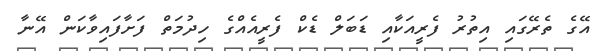
އޭގެ ތެރޭގައި އިތުރު ފެރީއަކާއި ޑަބަލް ޑެކް ފެރީއެއްގެ ހިދުމަތް ފަށާފައިވާކަން އޭނާ